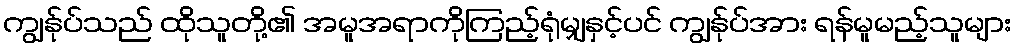
ကျွန်ုပ်သည် ထိုသူတို့၏ အမူအရာကိုကြည့်ရုံမျှနှင့်ပင် ကျွန်ုပ်အား ရန်မူမည့်သူများ